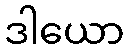
ဒါယော